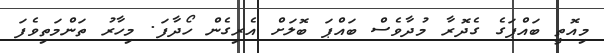
މިއޮތީ ބައްޕަގެ ގެދޮރާ މުދާވެސް ބައްޕަ ބޮލަށް އެރިގެން ހޯދާފަ. މިހާރު ތަންމަތިވެފަ